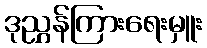
ဒုညွှန်ကြားရေးမှူး